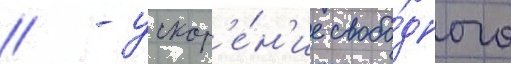
// - ускор'е́н'ие свобо́дного